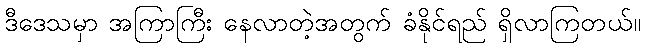
ဒီဒေသမှာ အကြာကြီး နေလာတဲ့အတွက် ခံနိုင်ရည် ရှိလာကြတယ်။